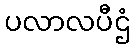
ပလာလပီဌံ